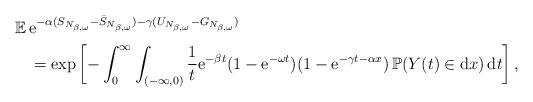
LaTeX: \begin{align*}{\mathbb E}\,&{\rm e}^{-\alpha (S_{N_{\beta,\omega}}-\bar S_{N_{\beta,\omega}})- \gamma (U_{N_{\beta,\omega}}-G_{N_{\beta,\omega}})}\\&= \exp\left[-\int_0^\infty \int_{(-\infty,0)}\frac{1}{t}{\rm e}^{-\beta t}(1-{\rm e}^{-\omega t})(1-{\rm e}^{- \gamma t-\alpha x})\,{\mathbb P}(Y(t)\in{\rm d}x)\,{\rm d}t\right],\end{align*}